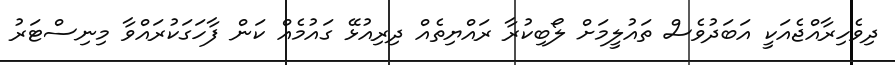
ދިވެހިރާއްޖެއަކީ އަބަދުވެސް ތައުލީމަށް ލޯބިކުރާ ރައްޔިތެއް ދިރިއުޅޭ ގައުމެއް ކަން ފާހަަގަކުރައްވާ މިނިސްޓަރު